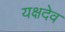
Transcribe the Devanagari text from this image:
यक्षदेव